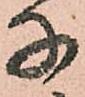
子